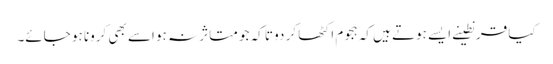
کیا قرنطینے ایسے ہوتے ہیں کہ ہجوم اکٹھا کر دو تا کہ جو متاثر نہ ہو اسے بھی کرونا ہو جائے۔